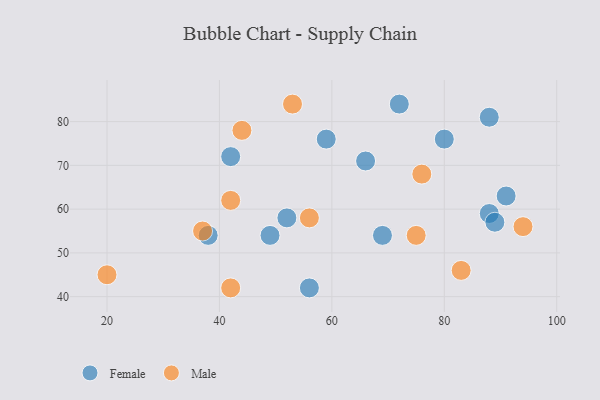
{"axis": {"x": "GDP", "y": "Life Expectancy"}, "legend": ["Female", "Male"], "data": [{"x": "80", "y": 76, "type": "Female"}, {"x": "52", "y": 58, "type": "Female"}, {"x": "38", "y": 54, "type": "Female"}, {"x": "88", "y": 59, "type": "Female"}, {"x": "88", "y": 81, "type": "Female"}, {"x": "59", "y": 76, "type": "Female"}, {"x": "89", "y": 57, "type": "Female"}, {"x": "56", "y": 42, "type": "Female"}, {"x": "49", "y": 54, "type": "Female"}, {"x": "42", "y": 72, "type": "Female"}, {"x": "91", "y": 63, "type": "Female"}, {"x": "69", "y": 54, "type": "Female"}, {"x": "72", "y": 84, "type": "Female"}, {"x": "66", "y": 71, "type": "Female"}, {"x": "42", "y": 42, "type": "Male"}, {"x": "83", "y": 46, "type": "Male"}, {"x": "44", "y": 78, "type": "Male"}, {"x": "75", "y": 54, "type": "Male"}, {"x": "37", "y": 55, "type": "Male"}, {"x": "56", "y": 58, "type": "Male"}, {"x": "53", "y": 84, "type": "Male"}, {"x": "94", "y": 56, "type": "Male"}, {"x": "42", "y": 62, "type": "Male"}, {"x": "76", "y": 68, "type": "Male"}, {"x": "20", "y": 45, "type": "Male"}]}